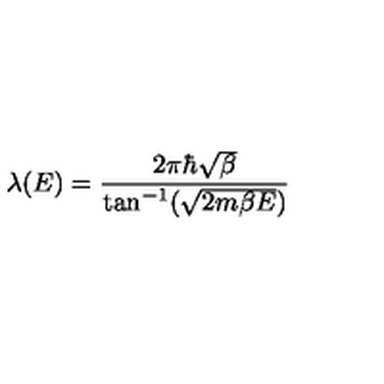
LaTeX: \lambda ( E ) = \frac { 2 \pi \hbar \sqrt { \beta } } { \tan ^ { - 1 } ( \sqrt { 2 m \beta E } ) }